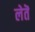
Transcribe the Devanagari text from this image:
लेतॆ